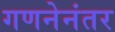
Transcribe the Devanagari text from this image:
गणनेनंतर